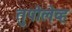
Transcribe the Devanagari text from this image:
तुपोलेव्ह